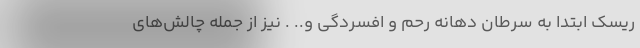
ریسک ابتدا به سرطان دهانه رحم و افسردگی و.. . نیز از جمله چالش‌های